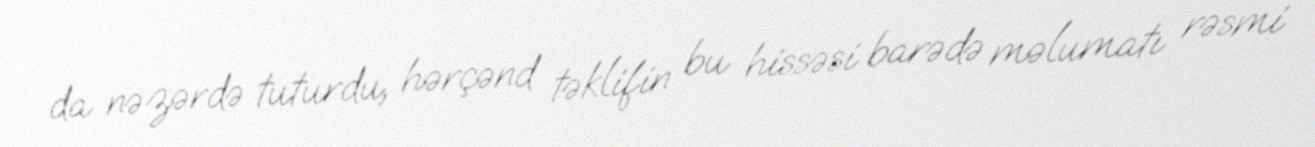
da nəzərdə tuturdu, hərçənd təklifin bu hissəsi barədə məlumatı rəsmi